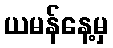
ယမန်နေ့မှ